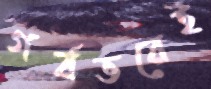
গর্বভরেই